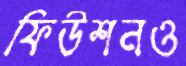
ফিউশনও